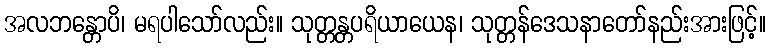
အလဘန္တောပိ၊ မရပါသော်လည်း။ သုတ္တန္တပရိယာယေန၊ သုတ္တန်ဒေသနာတော်နည်းအားဖြင့်။